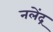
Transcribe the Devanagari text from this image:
नलेंद्र